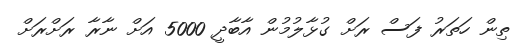
ތިން ހަތަރު ފަސް ރަށް ގުޅާލުމުން އާބާދީ 5000 އަށް ނާރާ ރަށްރަށް